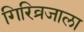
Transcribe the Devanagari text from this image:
गिरिव्रजाला